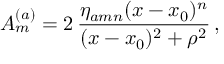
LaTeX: A _ { m } ^ { ( a ) } = 2 \, \frac { \eta _ { a m n } ( x - x _ { 0 } ) ^ { n } } { ( x - x _ { 0 } ) ^ { 2 } + \rho ^ { 2 } } \, ,